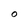
Character: O